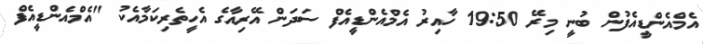
އެމްއެންޑީއެފުން ބުނީ މިރޭ 19:50 ހާއިރު އެމްއެންޑީއެފް ސަދަން އޭރިއާގެ އެހީތެރިކަމާއެކު "އެމްއެންޑީއެފް